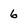
Character: 6